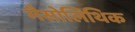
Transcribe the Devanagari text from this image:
मैसोलिथिक